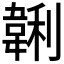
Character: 𱂂